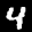
Label: 4